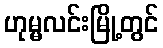
ဟုမ္မလင်းမြို့တွင်